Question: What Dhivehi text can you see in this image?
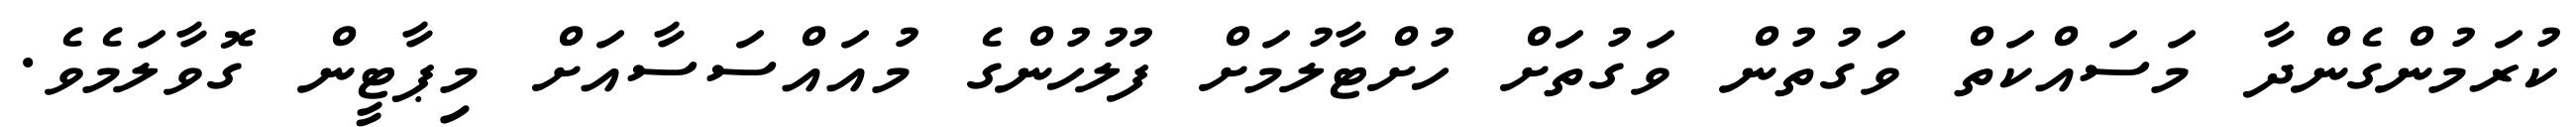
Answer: ކުރަމުންގެންދާ މަސައްކަތް ވަގުތުން ވަގުތަށް ހުށްޓާލުމަށް ފުލުހުންގެ މުއައްސަސާއަށް މިޕާޓީން ގޮވާލަމެވެ.